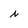
Character: N